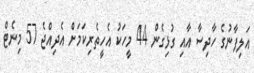
އަލިފާނުގެ ހާދިސާ އާއި ގުޅިގެން 44 މީހަކު އެހީތެރިކަމަށް އެދިއްޖެ 57 މިނެޓް